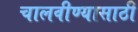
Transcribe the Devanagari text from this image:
चालवीण्यासाठी